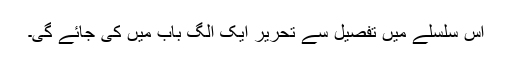
اس سلسلے میں تفصیل سے تحریر ایک الگ باب میں کی جائے گی۔